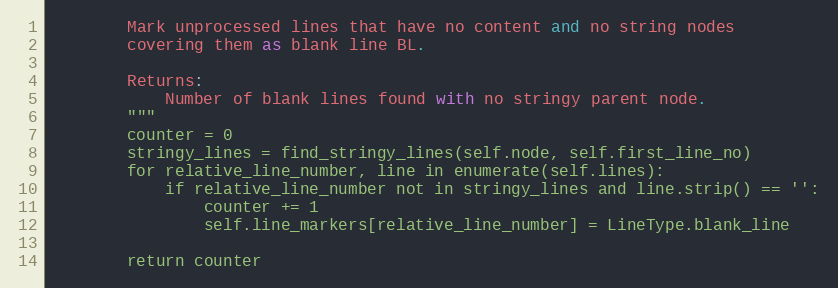
Language: Python
        Mark unprocessed lines that have no content and no string nodes
        covering them as blank line BL.

        Returns:
            Number of blank lines found with no stringy parent node.
        """
        counter = 0
        stringy_lines = find_stringy_lines(self.node, self.first_line_no)
        for relative_line_number, line in enumerate(self.lines):
            if relative_line_number not in stringy_lines and line.strip() == '':
                counter += 1
                self.line_markers[relative_line_number] = LineType.blank_line

        return counter